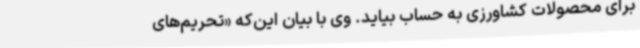
برای محصولات کشاورزی به حساب بیاید. وی با بیان این‌که «تحریم‌های